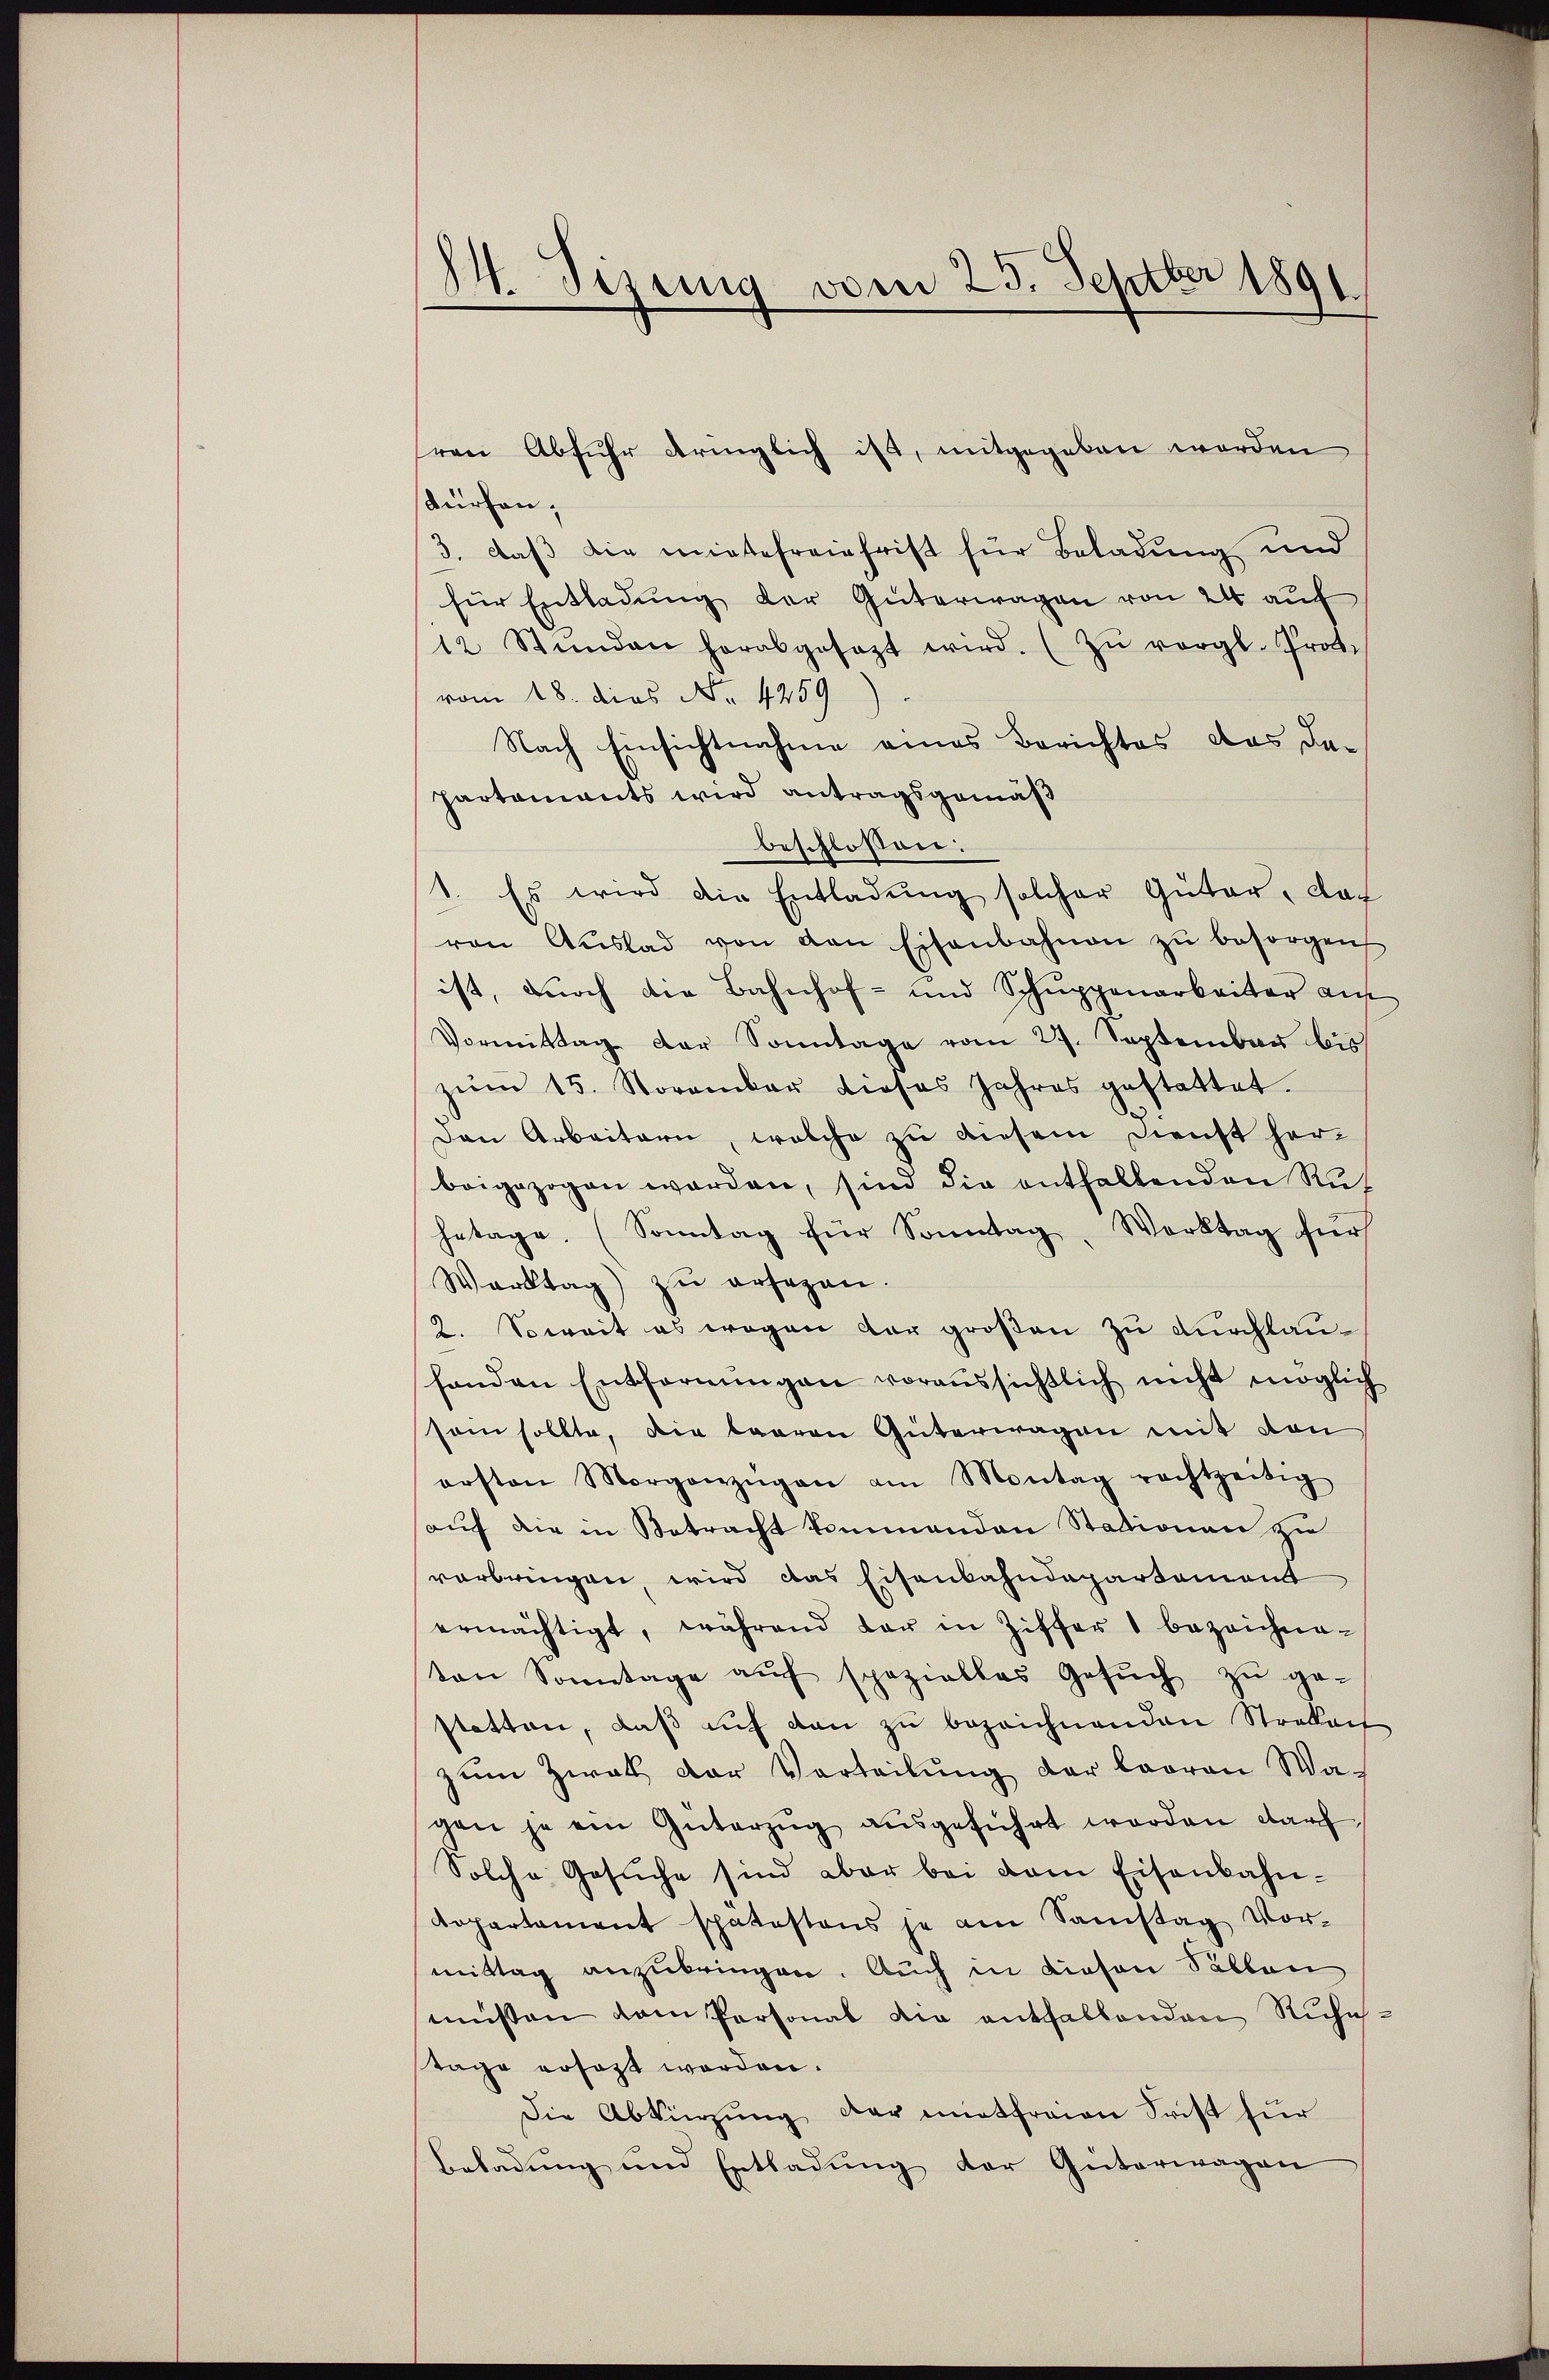
M. Sizung vom 23. Septber 1891.

dürfen,
3. daß die mietereinfrist für Beladung und
für Entladŭng der Güterwagen von 24 auf
12 Stunden herabgesezt wird. (Zŭ vergl. Prot.
vom 18. dies No. 4259).
Nach Einsichtnahme eines Berichtes das der
partaments wird antragsgemäß
beschlossen:
1. Es wird die Entladŭng solcher Güter, das
ren Aŭslad von den Eisenbahnen zŭ besorgen
ist, durch die Bahnhof- und Schuppenarbeiter auf
Vormittag der Sonntage vom 27. September bis
zŭm 15. November dieses Jahres gestattet.
Den Arbeitern, welche zu diesem Dienst herbeigezogen worden, sind die enthaltenden Ruhetage. (Sonntag für Sonntag, Werktag für
Warktag) zu ersagen.
2. Soweit es wegen der großen zu durchlauhanden Entfernungen voraussichtlich nicht möglich
sein sollte, die Baaren Güterwagen mit den
ersten Morgenzügen am Montag rachtzeitig
auf die in Betracht kommenden Stationen zu
vorbringen, wird das Eisenbahndepartement
ermächtigt, während dar in Ziffer 1 bezeichnevon Sonntage aŭf spezielles Gesŭch zŭ ge-
statten, daβ aŭf den zŭ bezeichnenden Strabach
zŭm Zwat der Verteilŭng der Looren Wagen je ein Güterzŭg aŭsgeführt worden darf,
Solche Gesŭche sind aber bei dem Eisenbahn-
Aopartament spätestens je am Samstag Vor-
mittag anzubringen. Auch in diesen Sallen
müssen dem Personal die enthaltenden Ruhetage ersagt worden.
die Abkürzung der entfreien Frist für
Beladung und Entladung der Güterwagen

ren Abfuhr dringlich ist, mitgegeben worden